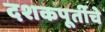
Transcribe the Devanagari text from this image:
दशकपूर्तीचे